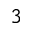
^ { 3 }